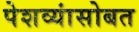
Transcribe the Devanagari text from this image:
पेशव्यांसोबत